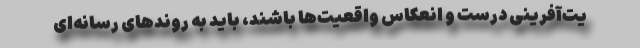
یت‌آفرینی درست و انعکاس واقعیت‌ها باشند، باید به روندهای رسانه‌ای